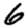
Digit: 6